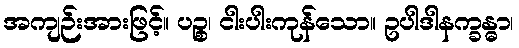
အကျဉ်းအားဖြင့်။ ပဉ္စ၊ ငါးပါးကုန်သော။ ဥပါဒါနက္ခန္ဓာ၊